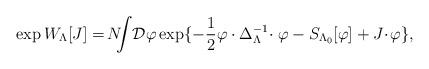
LaTeX: \begin{align*}\exp W_{\Lambda}[J] =\! N\!\!\!\int\!{\cal D}\varphi \exp\{ -\frac{1}{2}\varphi \cdot\Delta^{-1}_{\Lambda}\! \cdot\varphi-S_{\Lambda_{0}}[\varphi]+J\!\cdot\!\varphi\},\end{align*}